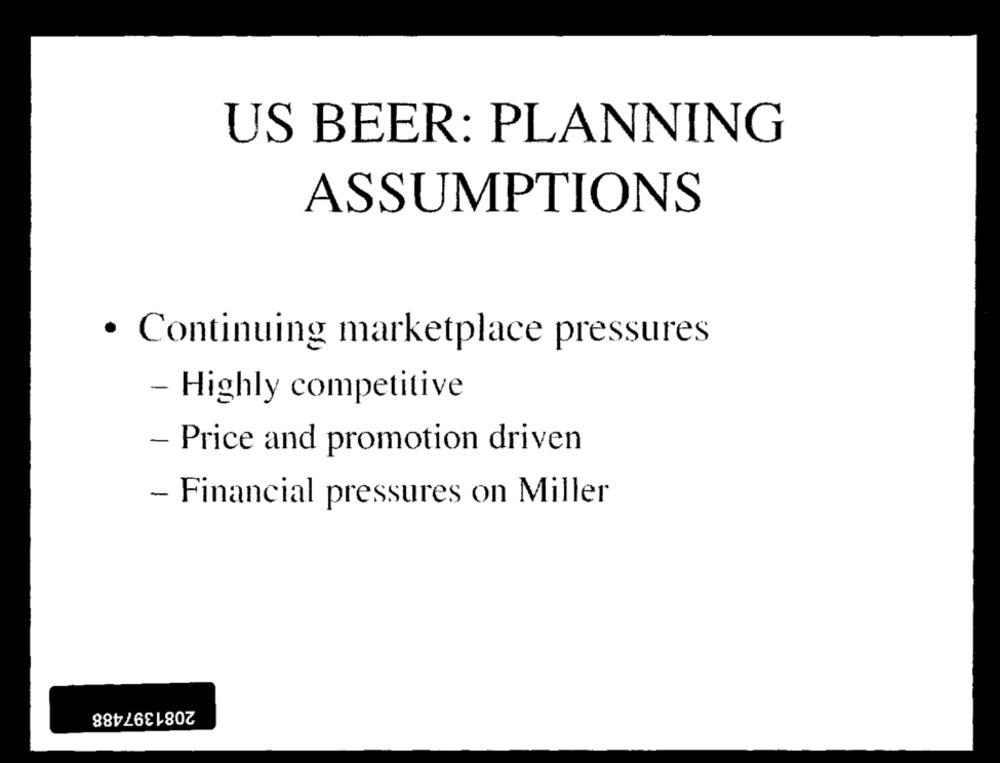
US BEER: PLANNING
ASSUMPTIONS
· Continuing marketplace pressures
- Highly competitive
- Price and promotion driven
- Financial pressures on Miller
2081397488